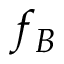
f _ { B }